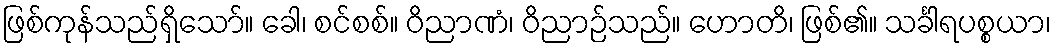
ဖြစ်ကုန်သည်ရှိသော်။ ခေါ၊ စင်စစ်။ ဝိညာဏံ၊ ဝိညာဉ်သည်။ ဟောတိ၊ ဖြစ်၏။ သင်္ခါရပစ္စယာ၊